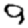
Digit: 9